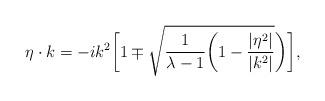
LaTeX: \begin{align*}\eta\cdot k=-ik^2\biggl[1\mp \sqrt{{1\over{\lambda-1}}\biggl(1-{|\eta^2|\over{|k^2|}}}\biggr)\biggr],\end{align*}